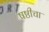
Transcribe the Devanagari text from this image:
षष्ठीचा